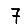
Digit: 7